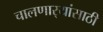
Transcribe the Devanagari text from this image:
चालणार्‍यांसाठी